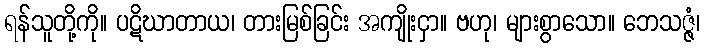
ရန်သူတို့ကို။ ပဋိဃာတာယ၊ တားမြစ်ခြင်း အကျိုးငှာ။ ဗဟု၊ များစွာသော။ ဘေသဇ္ဇံ၊